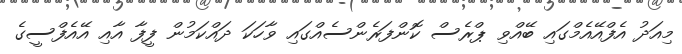
މިއަދު އެފްއޭއެމްގައި ބޭއްވި ޕްރެސް ކޮންފަރެންސެއްގައި ވާހަކަ ދައްކަމުން ފީފާ އާއި އޭއެފްސީގެ